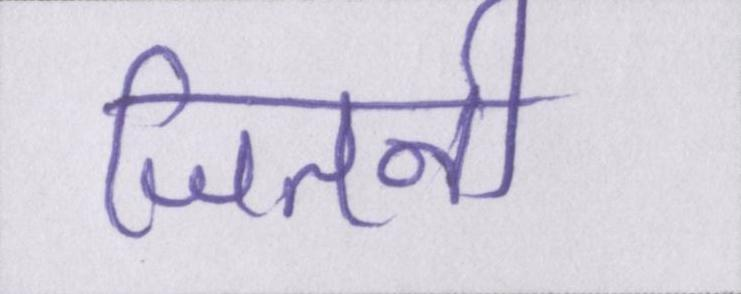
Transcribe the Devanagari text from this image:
जितनी